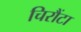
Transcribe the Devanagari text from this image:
चिरौंटा